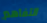
التفاهم